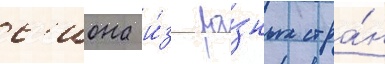
с'иона и́з ра́зных стра́н